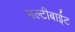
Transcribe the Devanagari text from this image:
मल्टीबाईट